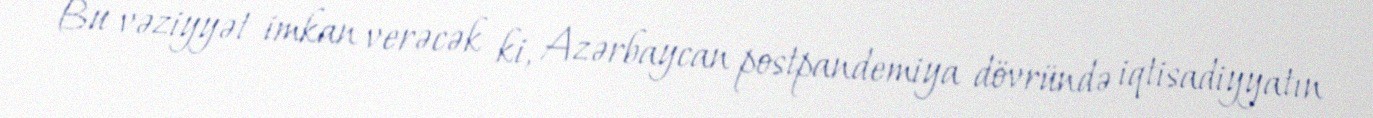
Bu vəziyyət imkan verəcək ki, Azərbaycan postpandemiya dövründə iqtisadiyyatın